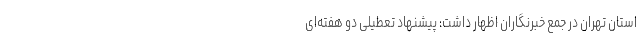
استان تهران در جمع خبرنگاران اظهار داشت: پیشنهاد تعطیلی دو هفته‌ای